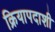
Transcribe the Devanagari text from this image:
क्रियापदाशी